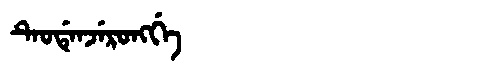
Manchu: ᡨᡝᠣᡩᡝᠨᠵᡝᡵᠣᠩᡤᡝ
Romanization: TEODENJERONGGE